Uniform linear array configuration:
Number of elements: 16
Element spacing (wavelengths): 0.75
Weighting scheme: exponential
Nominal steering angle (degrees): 60
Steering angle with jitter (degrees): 58.659
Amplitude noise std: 0.05
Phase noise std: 0.05

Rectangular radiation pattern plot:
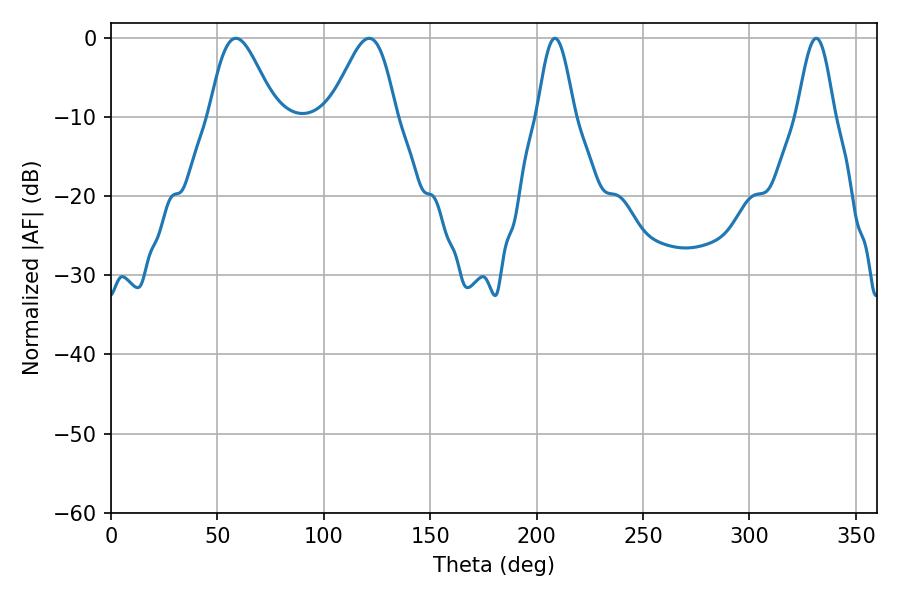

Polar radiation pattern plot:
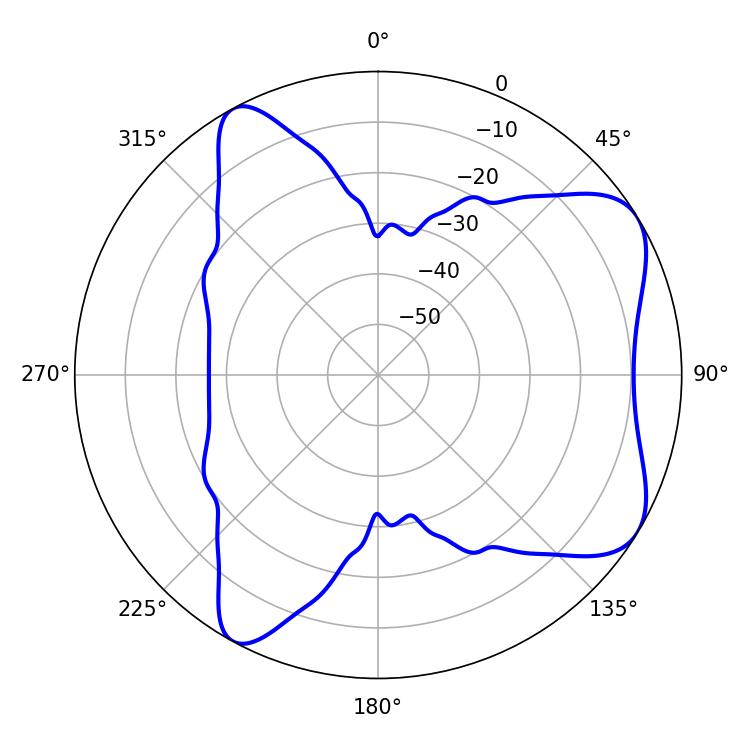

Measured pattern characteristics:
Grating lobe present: TRUE
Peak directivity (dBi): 6.833
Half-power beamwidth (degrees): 9.18
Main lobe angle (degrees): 208.62